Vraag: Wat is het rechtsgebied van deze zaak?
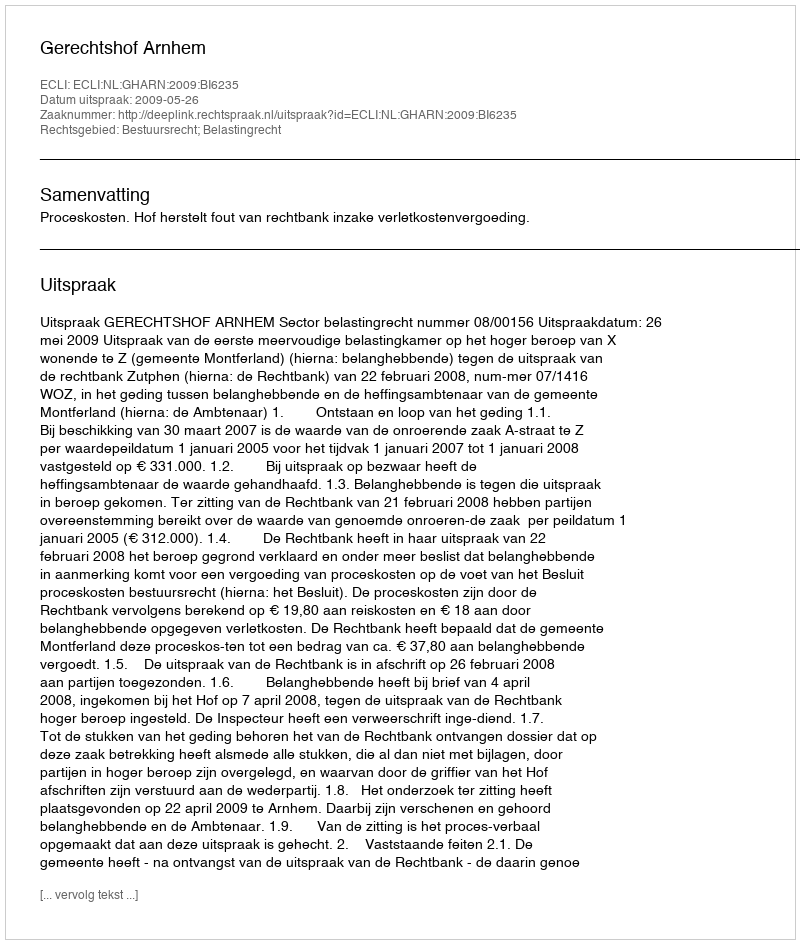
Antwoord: Bestuursrecht; Belastingrecht